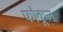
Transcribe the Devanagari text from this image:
फोकून